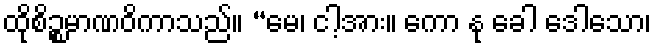
ထိုစိဉ္စမာဏဝိကာသည်။ “မေ၊ ငါ့အား။ ကော နု ခေါ ဒေါသော၊